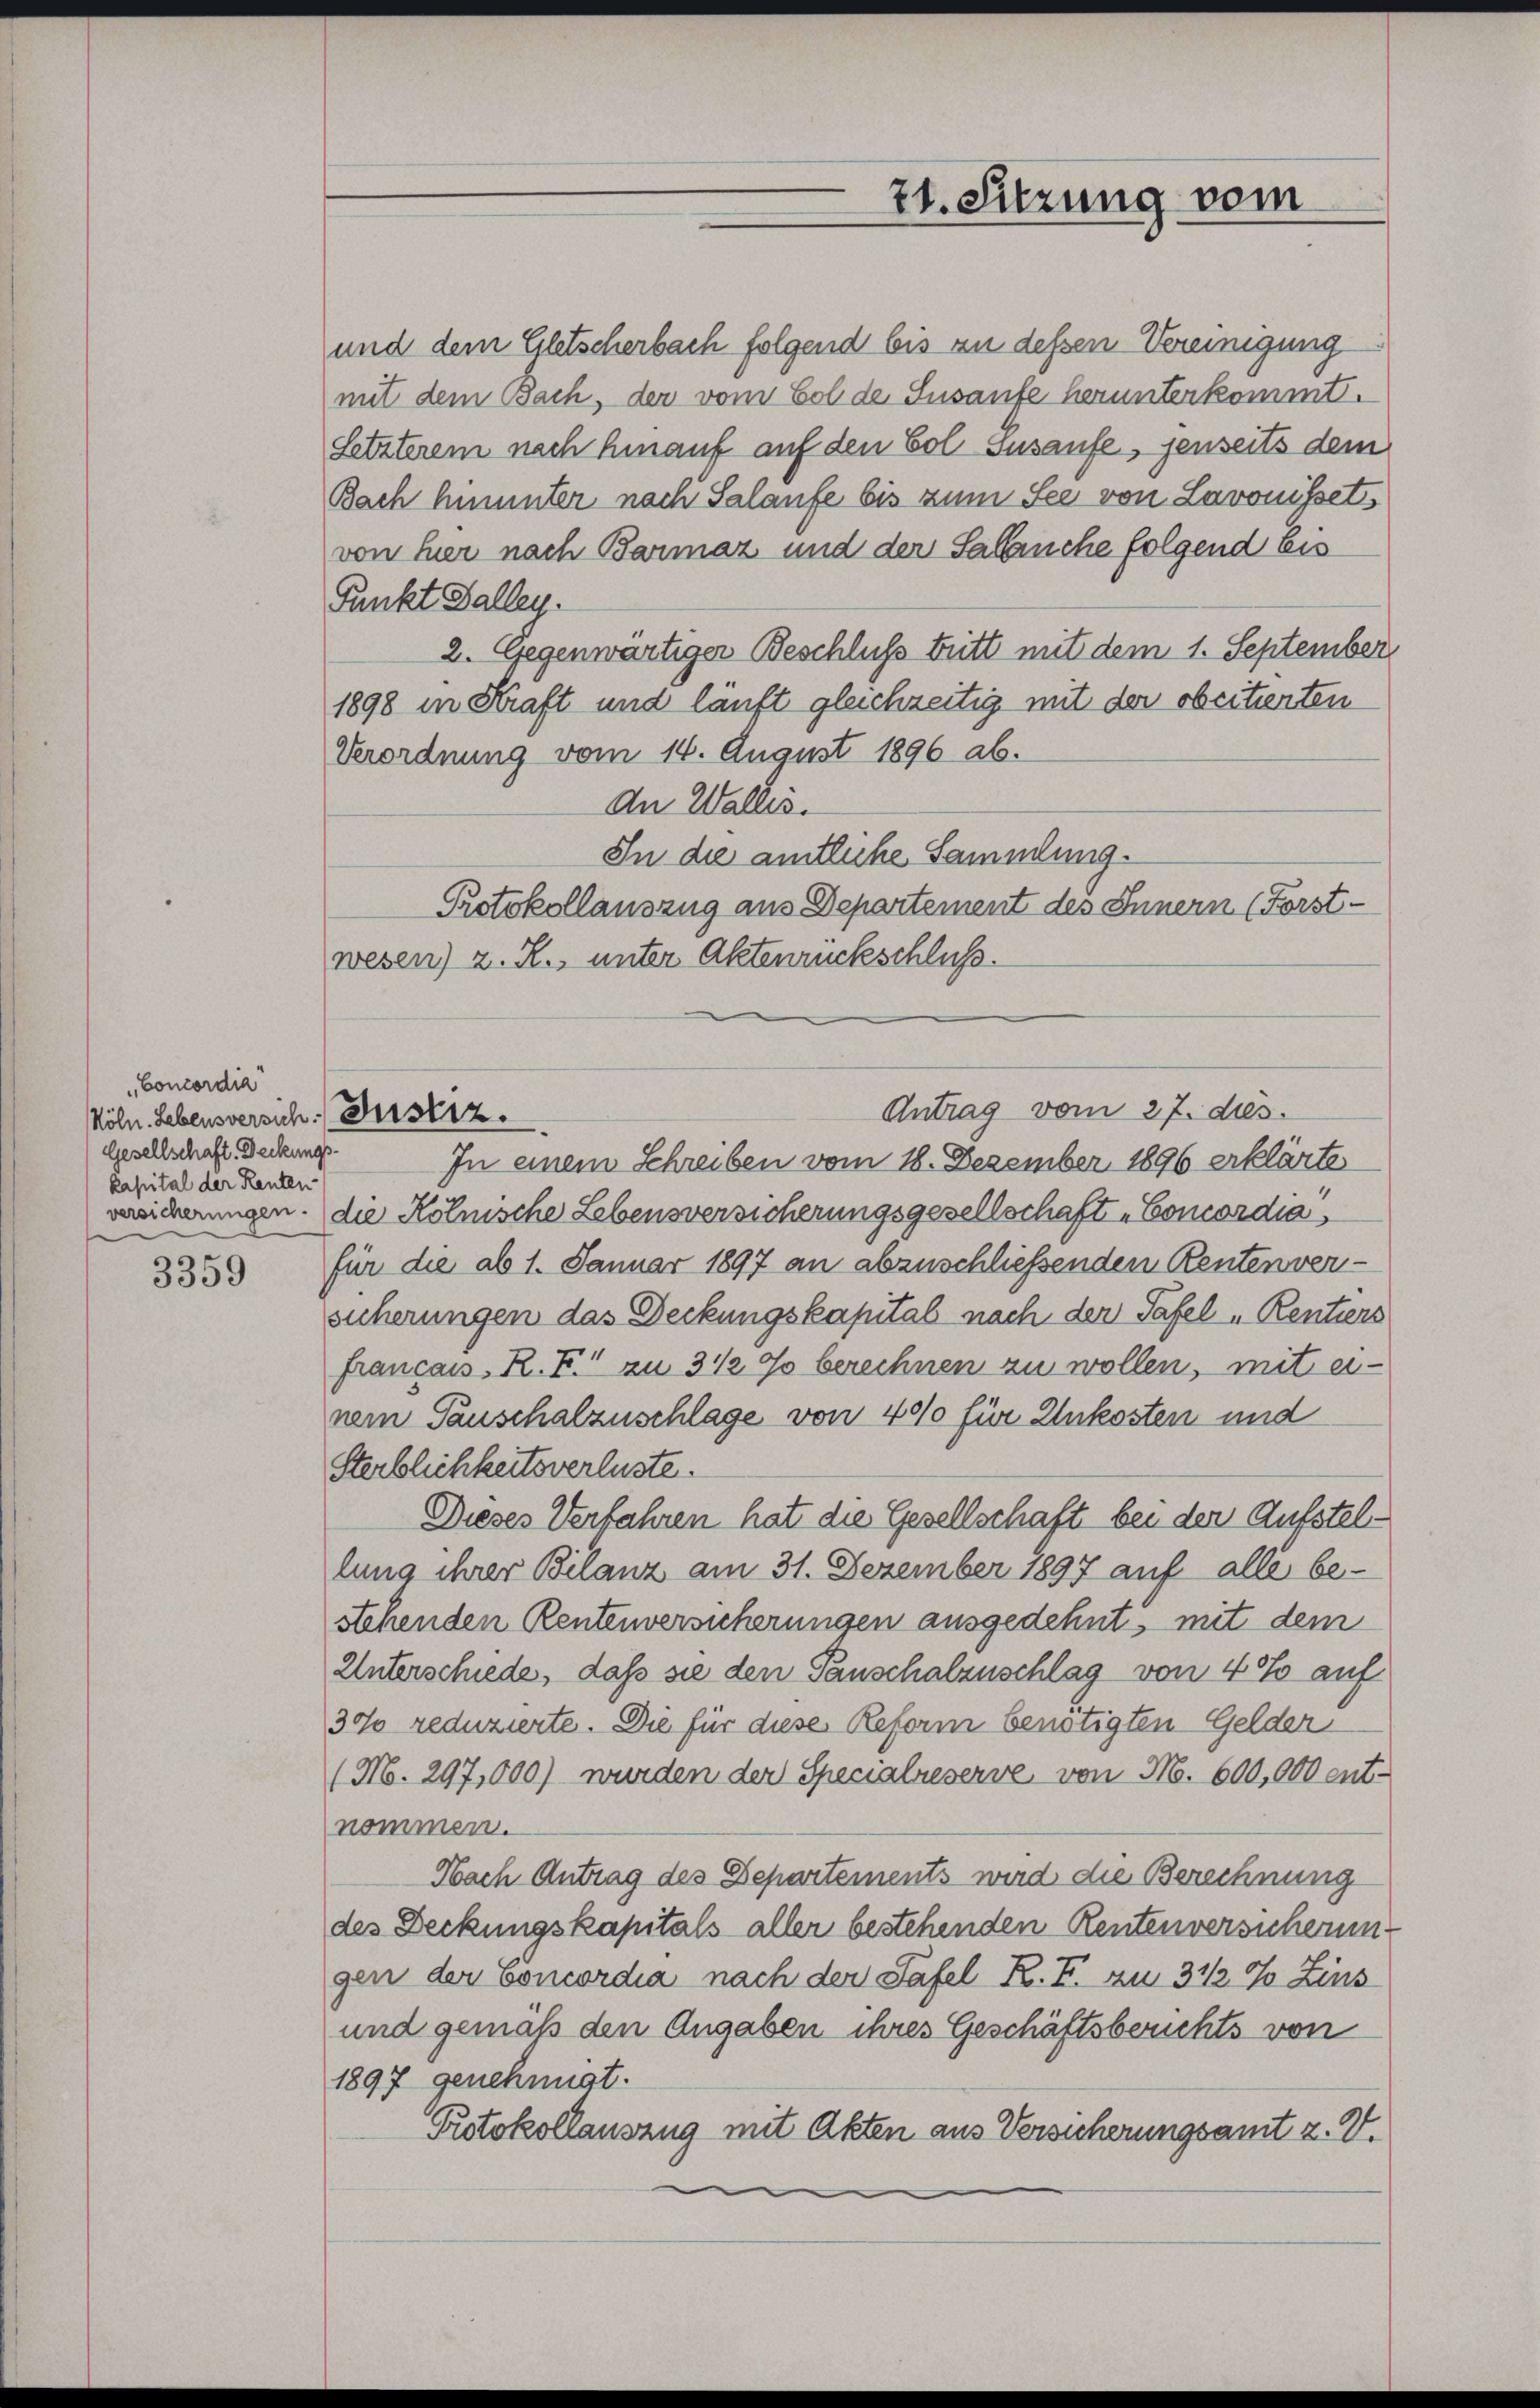
„Concordia
Köln. Lebensversich: Justiz.
Gesellschaft. Deckungskapital der Renten

3359

und dem Gletscherbach folgend bis an dessen Vereinigung
mit dem Bach, der vom Col de Susaufe herunterkommt.
Setzterem nach hinauf auf den Vol Iusaufe, jenseits dem
Bach hinunter nach Salaufe bis zum See von Lavonisset
von hier nach Barmaz und der Salanche folgend Eis
Punkt Galley
2. Gegenwärtiger Beschluss britt mit dem 1. September
1898 in Kraft und läuft gleichzeitig mit der obcitierten
Verordnung vom 14. August 1896 ab.
An Wallis.
In die amtliche Sammlung.
Protokollauszug aus Departement des Innern (Forst-
wesen) z. R., unter Aktenrückschluss.
In einem Schreiben vom 18. Dezember 1896 erklärte
versicherungen. die Kölnische Lebensversicherungsgesellschaft „Concordia
für die ab 1. Januar 1897 an abzuschließenden Rentenversicherungen das Deckungskapital nach der Tafel Rentiers
francass. R. F. zu 3 ½ % berechnen zu wollen, mit einem Tauschalzuschlage von 400 für Unkosten und
Sterblichkeitsverluste.
Dieses Verfahren hat die Gesellschaft bei den Aufstellung ihrer Bilanz am 31. Dezember 1897 auf alle besehenden Rentenversicherungen ausgedehnt, mit dem
Unterschiede, daß sie den Panschalzuschlag von 40% auf
30% reduzierte. Die für diese Reform benötigten Gelder
(M. 297,000) wurden der Specialreserve, von M. 600,000 entnommen.
Nach Antrag des Departements wird die Berechnung
des Deckungskapitals aller bestehenden Rentenversicherung
gen der Concordia nach der Tafel R. I. zu 3 1/2 % Zins
und gemäß den Angaben ihres Geschäftsberichts von
1897 genehmigt.
Protokollauszug mit Akten aus Versicherungsamt z. V.
.

21. Sitzung vom

Antrag vom 27. ds.